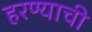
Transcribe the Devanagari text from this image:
हरण्याची